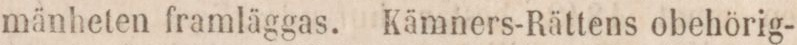
mänheten framläggas. Kämners-Rättens obehörig-